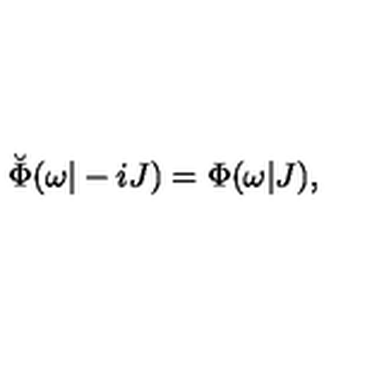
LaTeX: \breve { \Phi } ( \omega | - i J ) = \Phi ( \omega | J ) ,